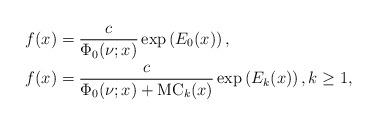
LaTeX: \begin{align*}&f(x)=\frac{c}{\Phi_0(\nu;x)}\exp\left(E_0(x)\right),\\&f(x)=\frac{c}{\Phi_0(\nu;x)+\mathrm{MC}_k(x)}\exp\left(E_k(x)\right),k\ge 1,\end{align*}